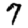
Digit: 7